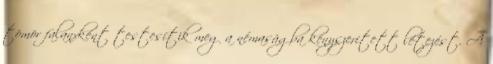
tömör falanxként testesítik meg a némaságba kényszerített létezést. A